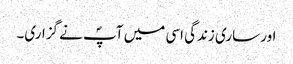
اور ساری زندگی اسی میں آپؐ نے گزاری۔